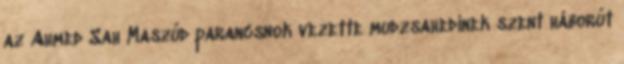
az Ahmed Sah Maszúd parancsnok vezette mudzsahedinek szent háborút